Annual report on the health of the army in India
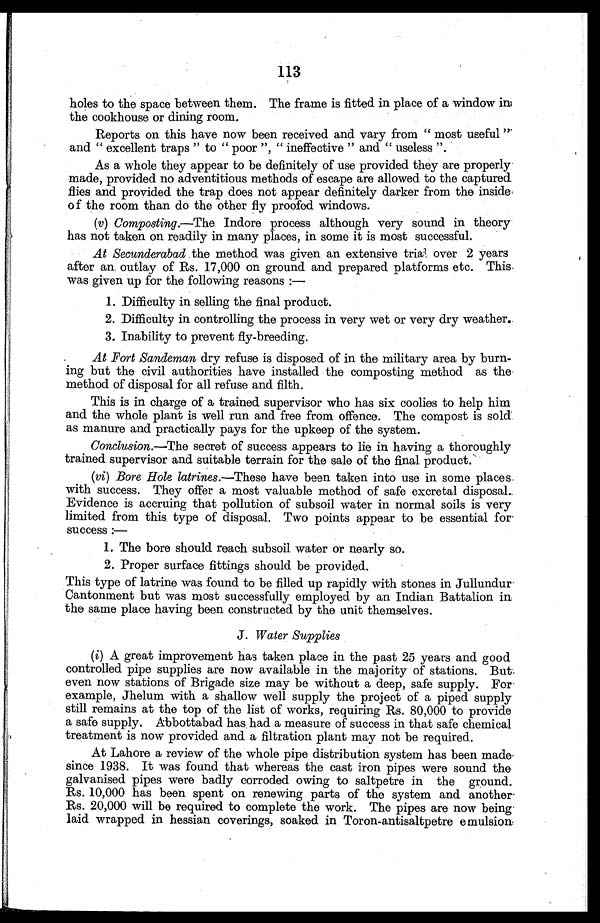
113
holes to the space between them. The frame is fitted in place of a window in
the cookhouse or dining room.
Reports on this have now been received and vary from "most useful"
and "excellent traps" to "poor", "ineffective" and "useless".
As a whole they appear to be definitely of use provided they are properly
made, provided no adventitious methods of escape are allowed to the captured
flies and provided the trap does not appear definitely darker from the inside
of the room than do the other fly proofed windows.
(v) Composting.—The Indore process although very sound in theory
has not taken on readily in many places, in some it is most successful.
At Secunderabad the method was given an extensive trial over 2 years
after an outlay of Rs. 17,000 on ground and prepared platforms etc. This.
was given up for the following reasons :
—
1. Difficulty in selling the final product.
2. Difficulty in controlling the process in very wet or very dry weather.
3. Inability to prevent fly-breeding.
At Fort Sandeman dry refuse is disposed of in the military area by burn-
ing but the civil authorities have installed the composting method as the
method of disposal for all refuse and filth.
This is in charge of a trained supervisor who has six coolies to help him
and the whole plant is well run and free from offence. The compost is sold
as manure and practically pays for the upkeep of the system.
Conclusion.—The secret of success appears to lie in having a thoroughly
trained supervisor and suitable terrain for the sale of the final product.
(vi ) Bore Hole latrines.—These have been taken into use in some places
with success. They offer a most valuable method of safe excretal disposal..
Evidence is accruing that pollution of subsoil water in normal soils is very
limited from this type of disposal. Two points appear to be essential for
success :—
1. The bore should reach subsoil water or nearly so.
2. Proper surface fittings should be provided.
This type of latrine was found to be filled up rapidly with stones in Jullundur
Cantonment but was most successfully employed by an Indian Battalion in
the same place having been constructed by the unit themselves.
J. Water Supplies
( i ) A great improvement has taken place in the past 25 years and good
controlled pipe supplies are now available in the majority of stations. But
even now stations of Brigade size may be without a deep, safe supply. For
example, Jhelum with a shallow well supply the project of a piped supply
still remains at the top of the list of works, requiring Rs. 80,000 to provide
a safe supply. Abbottabad has had a measure of success in that safe chemical
treatment is now provided and a filtration plant may not be required.
At Lahore a review of the whole pipe distribution system has been made
since 1938. It was found that whereas the cast iron pipes were sound the
galvanised pipes were badly corroded owing to saltpetre in the ground
Rs. 10,000 has been spent on renewing parts of the system and another
Rs. 20,000 will be required to complete the work. The pipes are now being
laid wrapped in hessian coverings, soaked in Toron-antisaltpetre emulsion